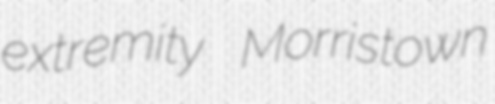
extremity Morristown